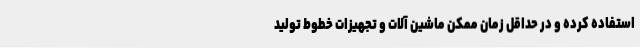
استفاده کرده و در حداقل زمان ممکن ماشین آلات و تجهیزات خطوط تولید